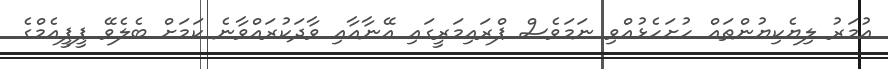
އުމަރު ލިޔެކިޔުންތައް ހުށަހެޅުއްވި ނަމަވެސް ޕްރައިމަރީގައި އޭނާއާއި ވާދަކުރައްވާނެ ކަމަށް ބެލެވޭ ޕީޕީއެމްގެ